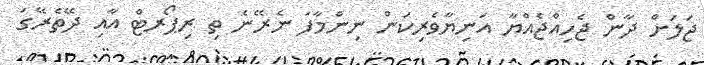
ޖަލަށް ދާން ޖެހިއްޖެއްޔާ އަނިޔާވެރިކަން ނިންމާފަ ނެރޭނެ ތި ރިޕޯރޓް އާއި ދޭތެރޭގަ